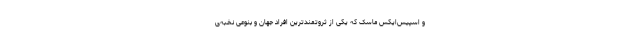
و اسپیس‌ایکس ماسک که یکی از ثروتمندترین افراد جهان و بنوعی نخبه‌ی